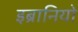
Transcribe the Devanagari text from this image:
इब्रानियो